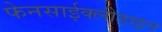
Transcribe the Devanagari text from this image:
फेनसाईक्लीडाइन